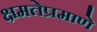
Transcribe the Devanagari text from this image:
क्षमतेप्रमाणे